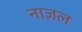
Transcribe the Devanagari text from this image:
नाज़ल